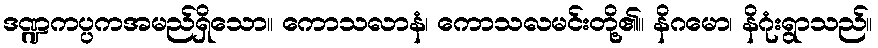
ဒဏ္ဍကပ္ပကအမည်ရှိသော။ ကောသလာနံ၊ ကောသလမင်းတို့၏။ နိဂမော၊ နိဂုံးရွာသည်။